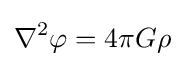
\nabla ^{2}\varphi =4\pi G\rho